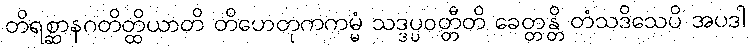
တိရစ္ဆာနဂတိတ္ထိယာတိ တိဟေတုကကမ္မံ သဒ္ဒပ္ပဝတ္တီတိ ခေတ္တန္တိ တံသဒိသေပိ အပဒါ